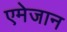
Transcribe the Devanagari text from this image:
एमेजान